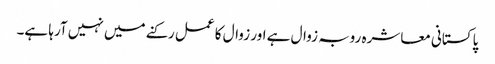
پاکستانی معاشرہ روبہ زوال ہے اور زوال کا عمل رکنے میں نہیں آرہا ہے۔